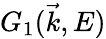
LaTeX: G_{1}(\vec{k},E)